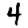
Digit: 4